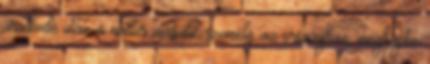
uralkodó után a nádor második személy az országban, megkapta